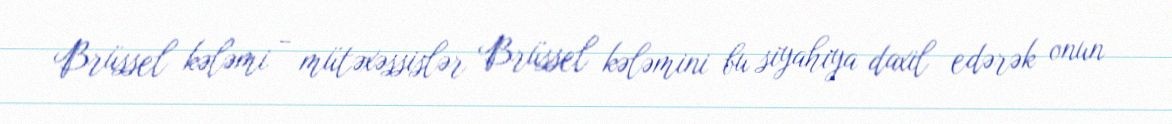
Brüssel kələmi - mütəxəssislər Brüssel kələmini bu siyahıya daxil edərək onun